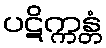
ပဋိက္ကန္တံ